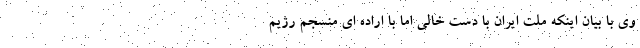
وی با بیان اینکه ملت ایران با دست خالی اما با اراده ای منسجم رژیم